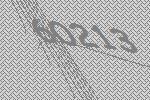
60213